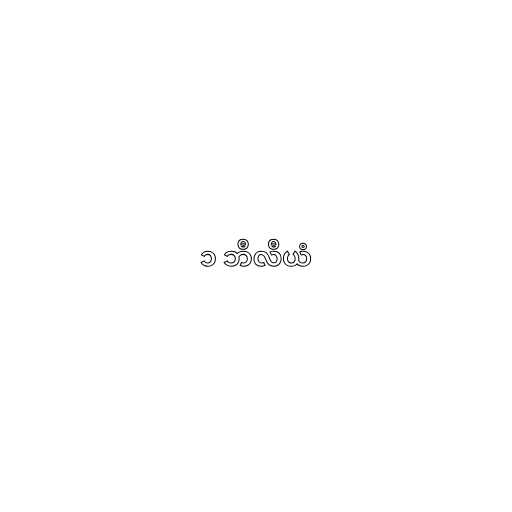
၁ ဘီလီယံ